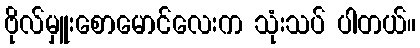
ဗိုလ်မှူးစောမောင်လေးက သုံးသပ် ပါတယ်။